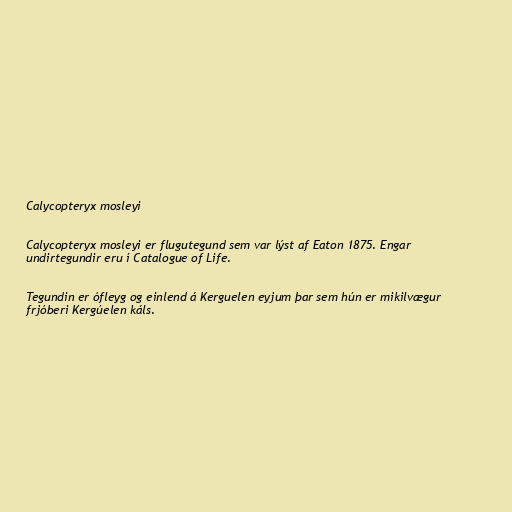
Calycopteryx mosleyi

Calycopteryx mosleyi er flugutegund sem var lýst af Eaton 1875. Engar
undirtegundir eru í Catalogue of Life.

Tegundin er ófleyg og einlend á Kerguelen eyjum þar sem hún er mikilvægur
frjóberi Kergúelen káls.